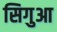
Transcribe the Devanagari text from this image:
सिगुआ